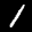
Label: 1